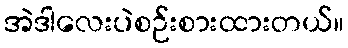
အဲဒါလေးပဲစဉ်းစားထားတယ်။